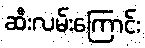
ဆီးလမ်းကြောင်း